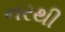
નરથી